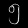
Digit: ၅